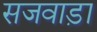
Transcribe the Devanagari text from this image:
सजवाड़ा